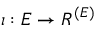
\iota : E \to R ^ { ( E ) }